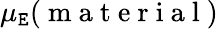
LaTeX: \mu_{\mathtt{E}}(\mathrm{{~m~a~t~e~r~i~a~l~}})